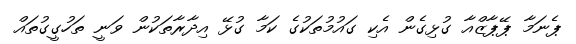
ޕެނަމާ ޕޭޕާޒްއާ ގުޅިގެން އެކި ގައުމުތަކުގެ ކަމާ ގުޅޭ އިދާރާތަކުން ވަނީ ތަހުގީގުތައް